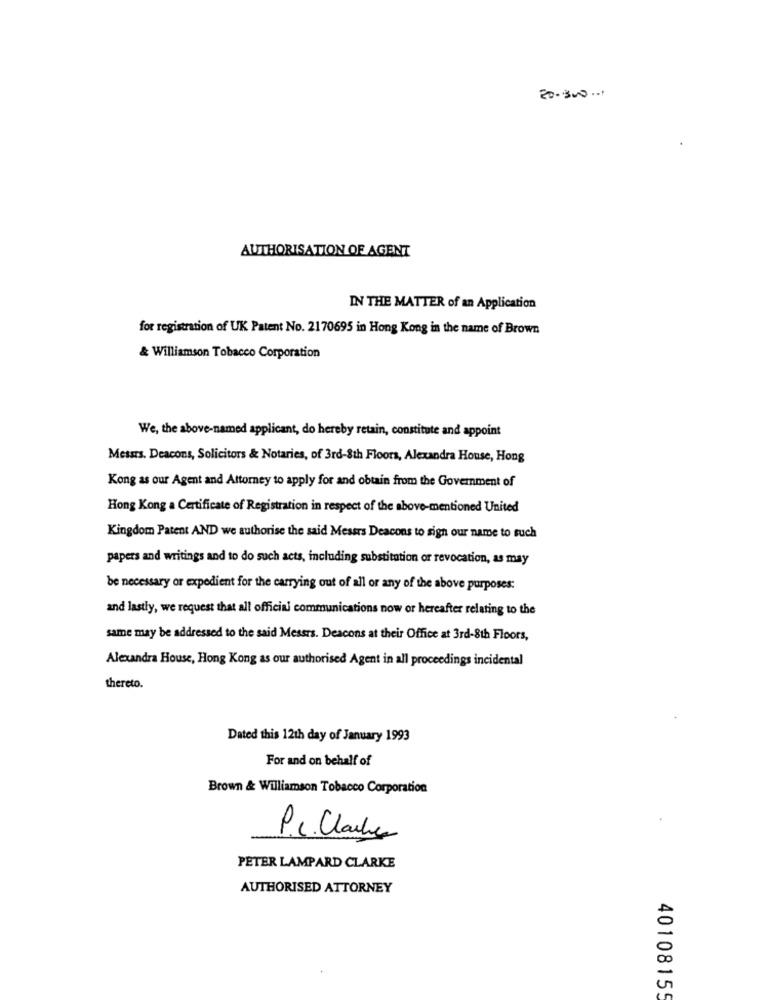
20-300 ...
AUTHORISATION OF AGENT
IN THE MATTER of an Application
for registration of UK Patent No. 2170695 in Hong Kong in the name of Brown
& Williamson Tobacco Corporation
We, the above-named applicant, do hereby retain, constitute and appoint
Messrs. Deacons, Solicitors & Notaries, of 3rd-8th Floors, Alexandra House, Hong
Kong as our Agent and Attorney to apply for and obtain from the Government of
Hong Kong a Certificate of Registration in respect of the above-mentioned United
Kingdom Patent AND we authorise the said Messrs Deacons to sign our name to such
papers and writings and to do such acts, including substitution or revocation, as may
be necessary or expedient for the carrying out of all or any of the above purposes:
and lastly, we request that all official communications now or hereafter relating to the
same may be addressed to the said Messrs. Deacons at their Office at 3rd-8th Floors,
Alexandra House, Hong Kong as our authorised Agent in all proceedings incidental
thereto.
Dated this 12th day of January 1993
For and on behalf of
Brown & Williamson Tobacco Corporation
P.c. Clarke
PETER LAMPARD CLARKE
AUTHORISED ATTORNEY
40108155